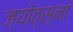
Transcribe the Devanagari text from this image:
ज्योत्स्नां